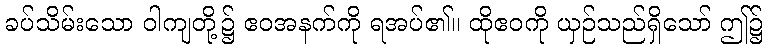
ခပ်သိမ်းသော ဝါကျတို့၌ ဧဝအနက်ကို ရအပ်၏။ ထိုဧဝကို ယှဉ်သည်ရှိသော် ဤ၌